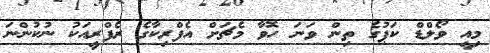
މިއީ ވޯލްޑް ކަޕުގެ ތިން ވަނަ ހޮވާ މެޗަށް އެފްރިކާގެ ރެފްރީއަކު ނުކުންނަ